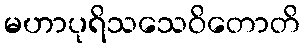
မဟာပုရိသသေဝိတောတိ